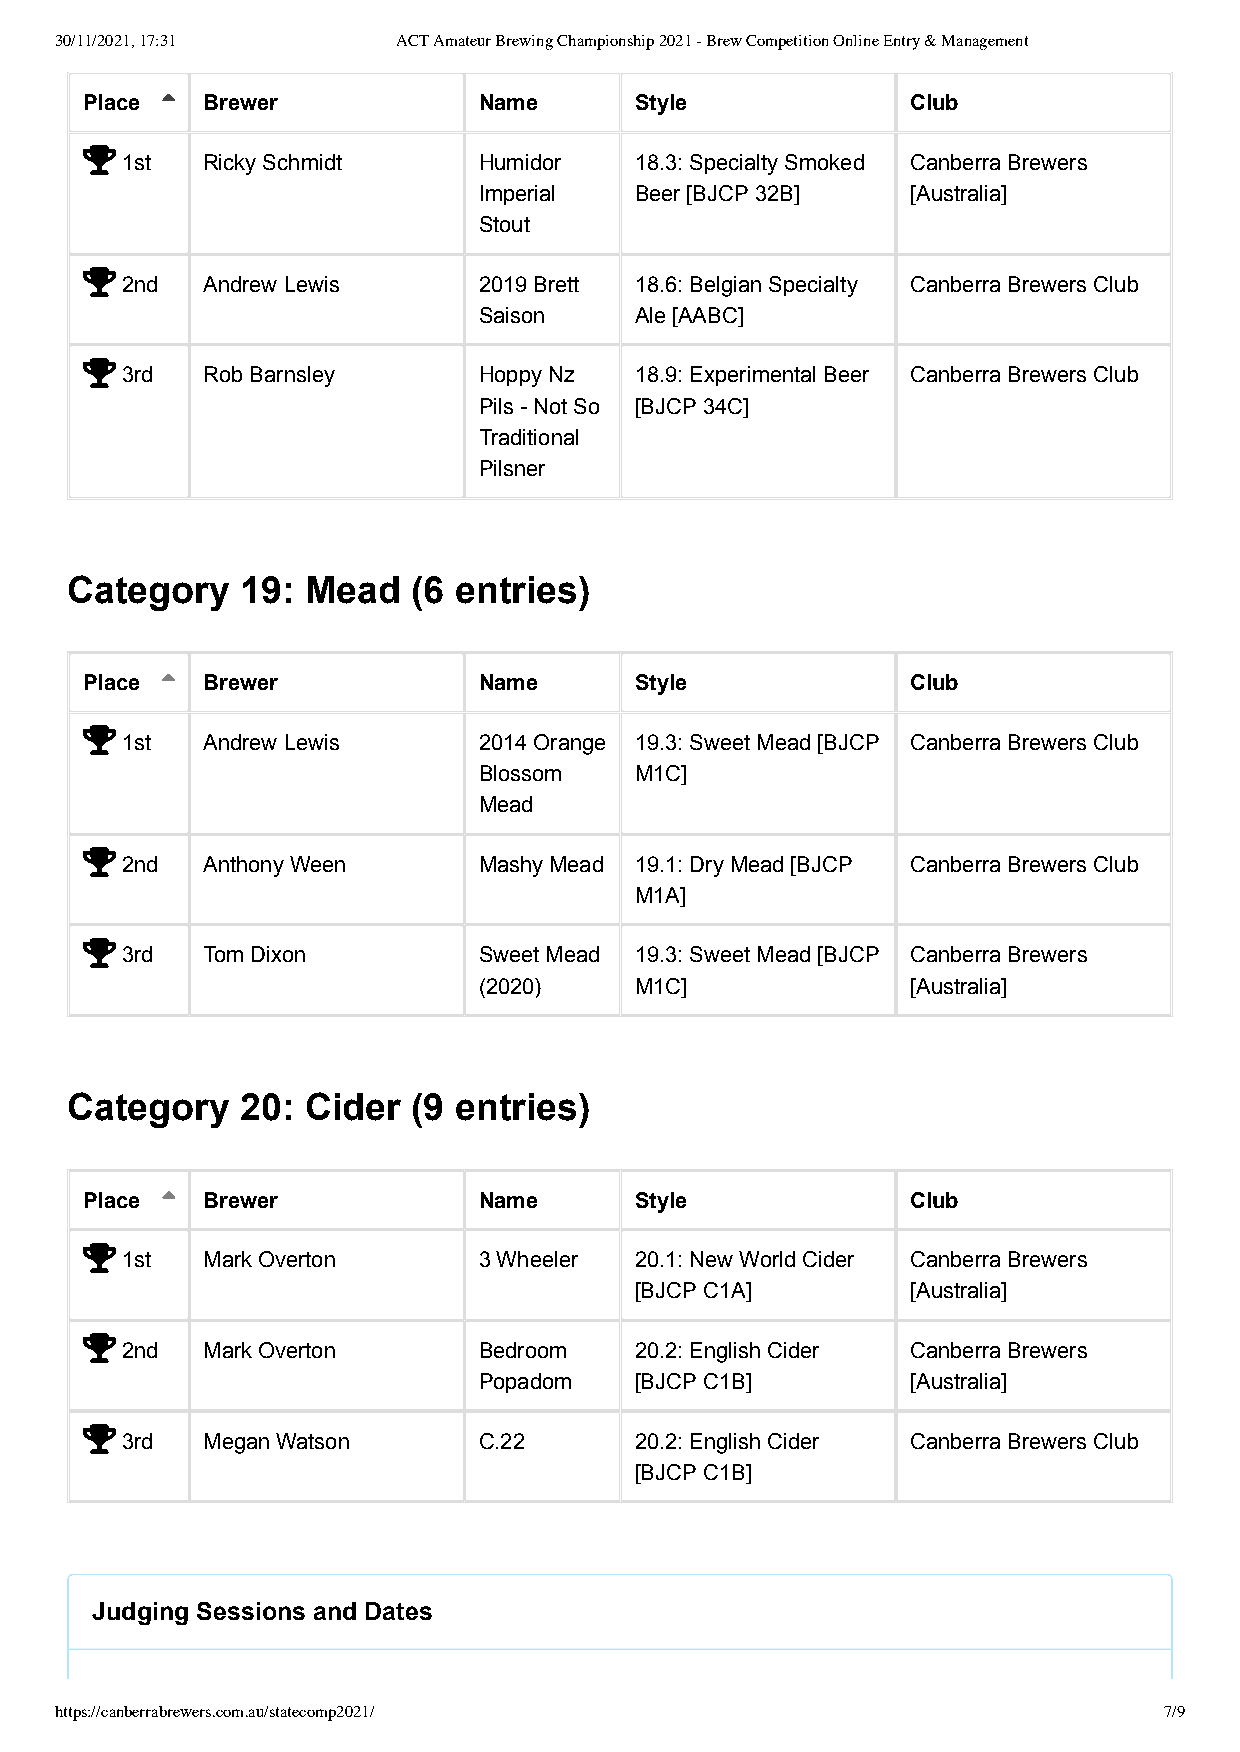
30/11/2021, 17:31     ACT Amateur Brewing Championship 2021 - Brew Competition Online Entry & Management
 PPllaaccee  BBrreewweerr NNaammee  SSttyyllee        CClluubb
 
 1st  Ricky Schmidt      Humidor   18.3: Specialty Smoked Canberra Brewers
 Imperial  Beer [BJCP 32B]   [Australia]
 Stout
 
 2nd  Andrew Lewis       2019 Brett 18.6: Belgian Specialty Canberra Brewers Club
 Saison    Ale [AABC]
 
 3rd  Rob Barnsley       Hoppy Nz  18.9: Experimental Beer Canberra Brewers Club
 Pils - Not So [BJCP 34C]
 Traditional
 Pilsner
 Category    19: Mead   (6 entries)
 Place  Brewer             Name      Style             Club
 
 1st  Andrew Lewis       2014 Orange 19.3: Sweet Mead [BJCP Canberra Brewers Club
 Blossom   M1C]
 Mead
 
 2nd  Anthony Ween       Mashy Mead 19.1: Dry Mead [BJCP Canberra Brewers Club
 M1A]
 
 3rd  Tom Dixon          Sweet Mead 19.3: Sweet Mead [BJCP Canberra Brewers
 (2020)    M1C]              [Australia]
 Category    20: Cider  (9 entries)
 Place  Brewer             Name      Style             Club
 
 1st  Mark Overton       3 Wheeler 20.1: New World Cider Canberra Brewers
 [BJCP C1A]        [Australia]
 
 2nd  Mark Overton       Bedroom   20.2: English Cider Canberra Brewers
 Popadom   [BJCP C1B]        [Australia]
 
 3rd  Megan Watson       C.22      20.2: English Cider Canberra Brewers Club
 [BJCP C1B]
 Judging Sessions and Dates
 https://canberrabrewers.com.au/statecomp2021/                            7/9